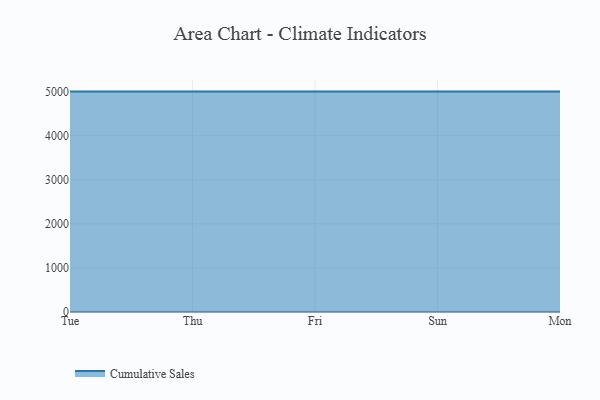
{"axis": {"x": "Day", "y": "Gross Profit (USD K)"}, "legend": ["Cumulative Sales"], "data": [{"x": "Tue", "y": 5000, "type": "Cumulative Sales"}, {"x": "Thu", "y": 5000, "type": "Cumulative Sales"}, {"x": "Fri", "y": 5000, "type": "Cumulative Sales"}, {"x": "Sun", "y": 5000, "type": "Cumulative Sales"}, {"x": "Mon", "y": 5000, "type": "Cumulative Sales"}]}